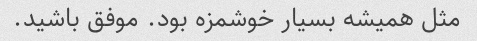
مثل همیشه بسیار خوشمزه بود. موفق باشید.